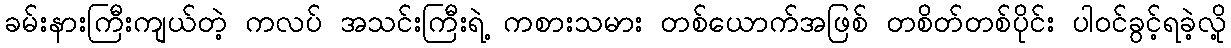
ခမ်းနားကြီးကျယ်တဲ့ ကလပ် အသင်းကြီးရဲ့ ကစားသမား တစ်ယောက်အဖြစ် တစိတ်တစ်ပိုင်း ပါဝင်ခွင့်ရခဲ့လို့